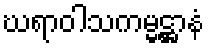
ဃရာဝါသကမ္မဋ္ဌာနံ